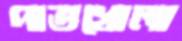
পাতখোলা